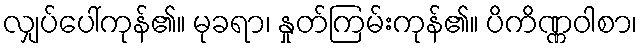
လျှပ်ပေါ်ကုန်၏။ မုခရာ၊ နှုတ်ကြမ်းကုန်၏။ ပိကိဏ္ဏဝါစာ၊